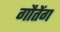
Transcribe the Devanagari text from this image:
गौतेंग